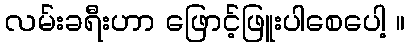
လမ်းခရီးဟာ ဖြောင့်ဖြူးပါစေပေါ့ ။